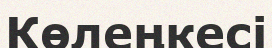
Көлеңкесі